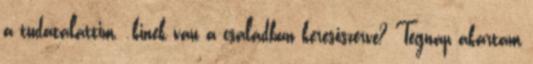
a tudatalattim. .kinek van a családban keresőszerve? Tegnap akartam